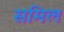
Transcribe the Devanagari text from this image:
समिल